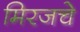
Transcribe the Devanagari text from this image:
मिरजचे